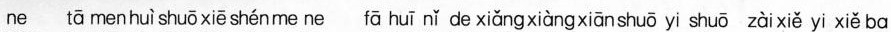
ne tā men huì shuō xiē shén me ne fā huī nǐ de xiǎng xiàng xiān shuō yi shuō zài xiě yi xiě ba